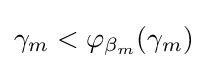
\gamma _{m}<\varphi _{\beta _{m}}(\gamma _{m})